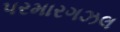
પરમારગઝલ